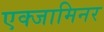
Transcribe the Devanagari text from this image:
एक्जामिनर